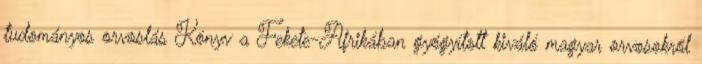
tudományos orvoslás Könyv a Fekete-Afrikában gyógyított kiváló magyar orvosokról